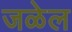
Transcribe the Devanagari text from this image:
जळेल